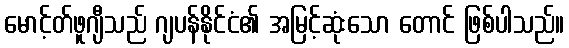
မောင့်တ်ဖူဂျီသည် ဂျပန်နိုင်ငံ၏ အမြင့်ဆုံးသော တောင် ဖြစ်ပါသည်။